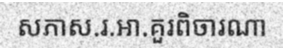
សភាស.រ.អា.គួរពិចារណា